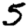
Digit: 5